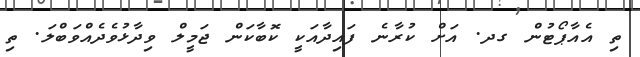
ތި އެއާޕޯޓުން ގދ. އަށް ކުރާނެ ފައިދާއަކީ ކޮބާކަން ޖަމީލް ވިދާޅުވެދެއްވަބްލަ. ތި